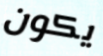
يكون